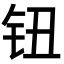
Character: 钮